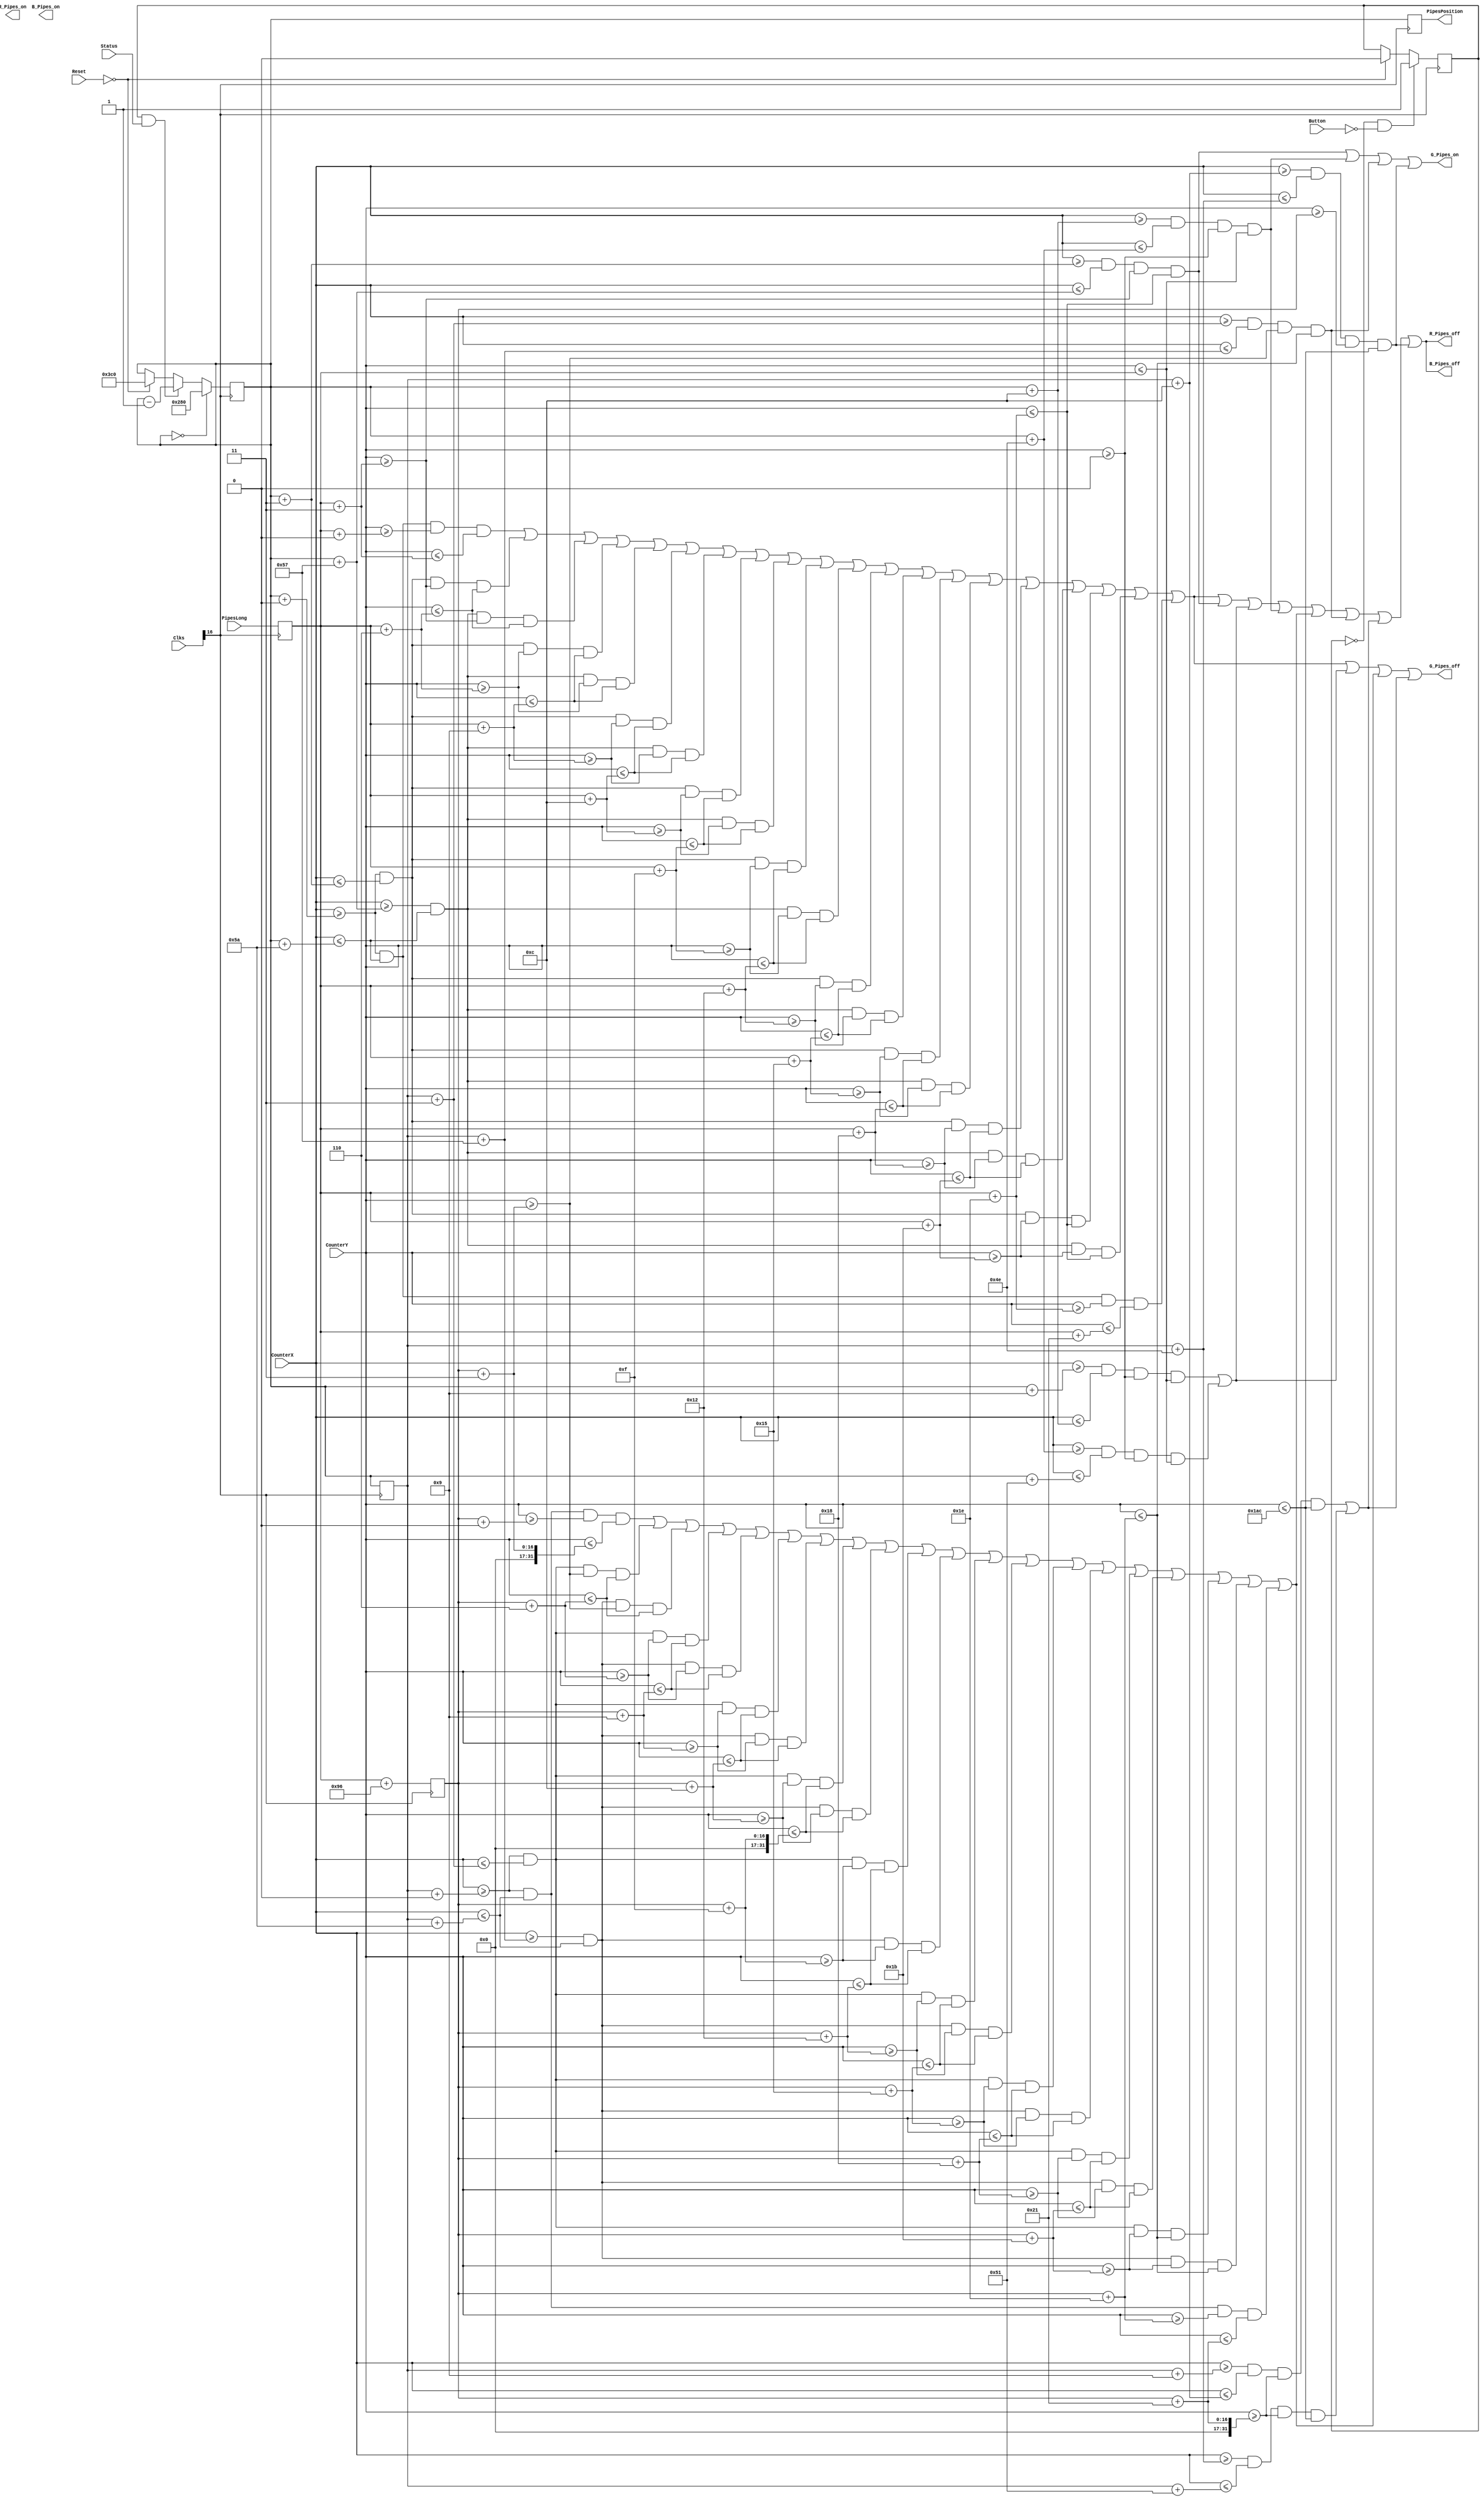
`timescale 1ns / 1ps
//////////////////////////////////////////////////////////////////////////////////
// Company: 
// Engineer: 
// 
// Design Name: 
// Module Name:    DrawPipes 
// Project Name: 
// Target Devices: 
// Tool versions: 
// Description: 
//
// Dependencies: 
//
// Revision: 
// Revision 0.01 - File Created
// Additional Comments: 
//
//////////////////////////////////////////////////////////////////////////////////
module DrawPipes2 (input [24:0] Clks,Reset,CounterX,CounterY,Button,Status,input [15:0] PipesLong,output reg R_Pipes_on,G_Pipes_on,B_Pipes_on,R_Pipes_off,G_Pipes_off,B_Pipes_off,output reg [15:0] PipesPosition);

reg PipesBlackTop,PipesGreenTop,PipesGreenBodyTop,PipesBlackBodyTop,PipesBlackBot,PipesGreenBot,PipesGreenBodyBot,PipesBlackBodyBot;
reg [15:0] TopPipesPositionX = 960;
reg [15:0] BotPipesPositionX = 960;
reg [15:0] TopPipesPositionY;
reg [15:0] BotPipesPositionY;
reg Start = 0;

always @ (posedge Clks[16])
begin
		if (!Reset)
	begin
	TopPipesPositionX <= 960;
	BotPipesPositionX <= 960;
	Start <= 0;
	end

	if (Start == 0 && !Button) Start <= 1;
	
	if (TopPipesPositionX == 0) TopPipesPositionX <= 640;
	else if (Start && Status) TopPipesPositionX <= TopPipesPositionX - 1;
		
	PipesPosition <= TopPipesPositionX;
	TopPipesPositionY <= PipesLong;
	BotPipesPositionX <= TopPipesPositionX;
	BotPipesPositionY <= TopPipesPositionY + 150;
	
end



always @ (CounterX or CounterY)
begin

PipesGreenBodyTop <= (CounterX>=TopPipesPositionX+12) && (CounterX<=TopPipesPositionX+78) && (CounterY>=0) && (CounterY<=TopPipesPositionY);

PipesBlackBodyTop <= (CounterX>=TopPipesPositionX+9) && (CounterX<=TopPipesPositionX+12) && (CounterY>=0) && (CounterY<=TopPipesPositionY)
|| (CounterX>=TopPipesPositionX+78) && (CounterX<=TopPipesPositionX+81) && (CounterY>=0) && (CounterY<=TopPipesPositionY);

PipesBlackTop <= (CounterX>=TopPipesPositionX+0) && (CounterX<=TopPipesPositionX+90) && (CounterY>=TopPipesPositionY+0) && (CounterY<=TopPipesPositionY+3)
||          (CounterX>=TopPipesPositionX+0) && (CounterX<=TopPipesPositionX+3) && (CounterY>=TopPipesPositionY+3) && (CounterY<=TopPipesPositionY+6)
||          (CounterX>=TopPipesPositionX+87) && (CounterX<=TopPipesPositionX+90) && (CounterY>=TopPipesPositionY+3) && (CounterY<=TopPipesPositionY+6)
||          (CounterX>=TopPipesPositionX+0) && (CounterX<=TopPipesPositionX+3) && (CounterY>=TopPipesPositionY+6) && (CounterY<=TopPipesPositionY+9)
||          (CounterX>=TopPipesPositionX+87) && (CounterX<=TopPipesPositionX+90) && (CounterY>=TopPipesPositionY+6) && (CounterY<=TopPipesPositionY+9)
||          (CounterX>=TopPipesPositionX+0) && (CounterX<=TopPipesPositionX+3) && (CounterY>=TopPipesPositionY+9) && (CounterY<=TopPipesPositionY+12)
||          (CounterX>=TopPipesPositionX+87) && (CounterX<=TopPipesPositionX+90) && (CounterY>=TopPipesPositionY+9) && (CounterY<=TopPipesPositionY+12)
||          (CounterX>=TopPipesPositionX+0) && (CounterX<=TopPipesPositionX+3) && (CounterY>=TopPipesPositionY+12) && (CounterY<=TopPipesPositionY+15)
||          (CounterX>=TopPipesPositionX+87) && (CounterX<=TopPipesPositionX+90) && (CounterY>=TopPipesPositionY+12) && (CounterY<=TopPipesPositionY+15)
||          (CounterX>=TopPipesPositionX+0) && (CounterX<=TopPipesPositionX+3) && (CounterY>=TopPipesPositionY+15) && (CounterY<=TopPipesPositionY+18)
||          (CounterX>=TopPipesPositionX+87) && (CounterX<=TopPipesPositionX+90) && (CounterY>=TopPipesPositionY+15) && (CounterY<=TopPipesPositionY+18)
||          (CounterX>=TopPipesPositionX+0) && (CounterX<=TopPipesPositionX+3) && (CounterY>=TopPipesPositionY+18) && (CounterY<=TopPipesPositionY+21)
||          (CounterX>=TopPipesPositionX+87) && (CounterX<=TopPipesPositionX+90) && (CounterY>=TopPipesPositionY+18) && (CounterY<=TopPipesPositionY+21)
||          (CounterX>=TopPipesPositionX+0) && (CounterX<=TopPipesPositionX+3) && (CounterY>=TopPipesPositionY+21) && (CounterY<=TopPipesPositionY+24)
||          (CounterX>=TopPipesPositionX+87) && (CounterX<=TopPipesPositionX+90) && (CounterY>=TopPipesPositionY+21) && (CounterY<=TopPipesPositionY+24)
||          (CounterX>=TopPipesPositionX+0) && (CounterX<=TopPipesPositionX+3) && (CounterY>=TopPipesPositionY+24) && (CounterY<=TopPipesPositionY+27)
||          (CounterX>=TopPipesPositionX+87) && (CounterX<=TopPipesPositionX+90) && (CounterY>=TopPipesPositionY+24) && (CounterY<=TopPipesPositionY+27)
||          (CounterX>=TopPipesPositionX+0) && (CounterX<=TopPipesPositionX+3) && (CounterY>=TopPipesPositionY+27) && (CounterY<=TopPipesPositionY+30)
||          (CounterX>=TopPipesPositionX+87) && (CounterX<=TopPipesPositionX+90) && (CounterY>=TopPipesPositionY+27) && (CounterY<=TopPipesPositionY+30)
||          (CounterX>=TopPipesPositionX+0) && (CounterX<=TopPipesPositionX+90) && (CounterY>=TopPipesPositionY+30) && (CounterY<=TopPipesPositionY+33);

PipesGreenTop <= (CounterX>=TopPipesPositionX+3) && (CounterX<=TopPipesPositionX+87) && (CounterY>=TopPipesPositionY+3) && (CounterY<=TopPipesPositionY+30);

//////////////////////////////////////////////////////////////////////////////////////////////////////////////////////////////////////////////////////////////////
PipesGreenBodyBot <= (CounterX>=BotPipesPositionX+12) && (CounterX<=BotPipesPositionX+78) && (CounterY>=BotPipesPositionY) && (CounterY<=428);

PipesBlackBodyBot <= (CounterX>=BotPipesPositionX+9) && (CounterX<=BotPipesPositionX+12) && (CounterY>=BotPipesPositionY+33) && (CounterY<=428)
|| (CounterX>=BotPipesPositionX+78) && (CounterX<=BotPipesPositionX+81) && (CounterY>=BotPipesPositionY+33) && (CounterY<=428);

PipesBlackBot <= (CounterX>=BotPipesPositionX+0) && (CounterX<=BotPipesPositionX+90) && (CounterY>=BotPipesPositionY+0) && (CounterY<=BotPipesPositionY+3)
||          (CounterX>=BotPipesPositionX+0) && (CounterX<=BotPipesPositionX+3) && (CounterY>=BotPipesPositionY+3) && (CounterY<=BotPipesPositionY+6)
||          (CounterX>=BotPipesPositionX+87) && (CounterX<=BotPipesPositionX+90) && (CounterY>=BotPipesPositionY+3) && (CounterY<=BotPipesPositionY+6)
||          (CounterX>=BotPipesPositionX+0) && (CounterX<=BotPipesPositionX+3) && (CounterY>=BotPipesPositionY+6) && (CounterY<=BotPipesPositionY+9)
||          (CounterX>=BotPipesPositionX+87) && (CounterX<=BotPipesPositionX+90) && (CounterY>=BotPipesPositionY+6) && (CounterY<=BotPipesPositionY+9)
||          (CounterX>=BotPipesPositionX+0) && (CounterX<=BotPipesPositionX+3) && (CounterY>=BotPipesPositionY+9) && (CounterY<=BotPipesPositionY+12)
||          (CounterX>=BotPipesPositionX+87) && (CounterX<=BotPipesPositionX+90) && (CounterY>=BotPipesPositionY+9) && (CounterY<=BotPipesPositionY+12)
||          (CounterX>=BotPipesPositionX+0) && (CounterX<=BotPipesPositionX+3) && (CounterY>=BotPipesPositionY+12) && (CounterY<=BotPipesPositionY+15)
||          (CounterX>=BotPipesPositionX+87) && (CounterX<=BotPipesPositionX+90) && (CounterY>=BotPipesPositionY+12) && (CounterY<=BotPipesPositionY+15)
||          (CounterX>=BotPipesPositionX+0) && (CounterX<=BotPipesPositionX+3) && (CounterY>=BotPipesPositionY+15) && (CounterY<=BotPipesPositionY+18)
||          (CounterX>=BotPipesPositionX+87) && (CounterX<=BotPipesPositionX+90) && (CounterY>=BotPipesPositionY+15) && (CounterY<=BotPipesPositionY+18)
||          (CounterX>=BotPipesPositionX+0) && (CounterX<=BotPipesPositionX+3) && (CounterY>=BotPipesPositionY+18) && (CounterY<=BotPipesPositionY+21)
||          (CounterX>=BotPipesPositionX+87) && (CounterX<=BotPipesPositionX+90) && (CounterY>=BotPipesPositionY+18) && (CounterY<=BotPipesPositionY+21)
||          (CounterX>=BotPipesPositionX+0) && (CounterX<=BotPipesPositionX+3) && (CounterY>=BotPipesPositionY+21) && (CounterY<=BotPipesPositionY+24)
||          (CounterX>=BotPipesPositionX+87) && (CounterX<=BotPipesPositionX+90) && (CounterY>=BotPipesPositionY+21) && (CounterY<=BotPipesPositionY+24)
||          (CounterX>=BotPipesPositionX+0) && (CounterX<=BotPipesPositionX+3) && (CounterY>=BotPipesPositionY+24) && (CounterY<=BotPipesPositionY+27)
||          (CounterX>=BotPipesPositionX+87) && (CounterX<=BotPipesPositionX+90) && (CounterY>=BotPipesPositionY+24) && (CounterY<=BotPipesPositionY+27)
||          (CounterX>=BotPipesPositionX+0) && (CounterX<=BotPipesPositionX+3) && (CounterY>=BotPipesPositionY+27) && (CounterY<=BotPipesPositionY+30)
||          (CounterX>=BotPipesPositionX+87) && (CounterX<=BotPipesPositionX+90) && (CounterY>=BotPipesPositionY+27) && (CounterY<=BotPipesPositionY+30)
||          (CounterX>=BotPipesPositionX+0) && (CounterX<=BotPipesPositionX+90) && (CounterY>=BotPipesPositionY+30) && (CounterY<=BotPipesPositionY+33);

PipesGreenBot <= (CounterX>=BotPipesPositionX+3) && (CounterX<=BotPipesPositionX+87) && (CounterY>=BotPipesPositionY+3) && (CounterY<=BotPipesPositionY+30);


G_Pipes_on = PipesGreenTop | PipesGreenBodyTop | PipesGreenBot | PipesGreenBodyBot;


R_Pipes_off = PipesBlackTop | PipesGreenTop | PipesBlackBodyTop | PipesGreenBodyTop | PipesBlackBot | PipesGreenBot | PipesBlackBodyBot | PipesGreenBodyBot;
G_Pipes_off = PipesBlackTop | PipesBlackBodyTop | PipesBlackBot | PipesBlackBodyBot;
B_Pipes_off = PipesBlackTop | PipesGreenTop | PipesBlackBodyTop | PipesGreenBodyTop | PipesBlackBot | PipesGreenBot | PipesBlackBodyBot | PipesGreenBodyBot;

end
endmodule